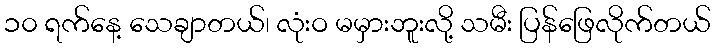
၁၀ ရက်နေ့ သေချာတယ်၊ လုံးဝ မမှားဘူးလို့ သမီး ပြန်ဖြေလိုက်တယ်